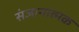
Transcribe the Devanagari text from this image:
संजानात्मक